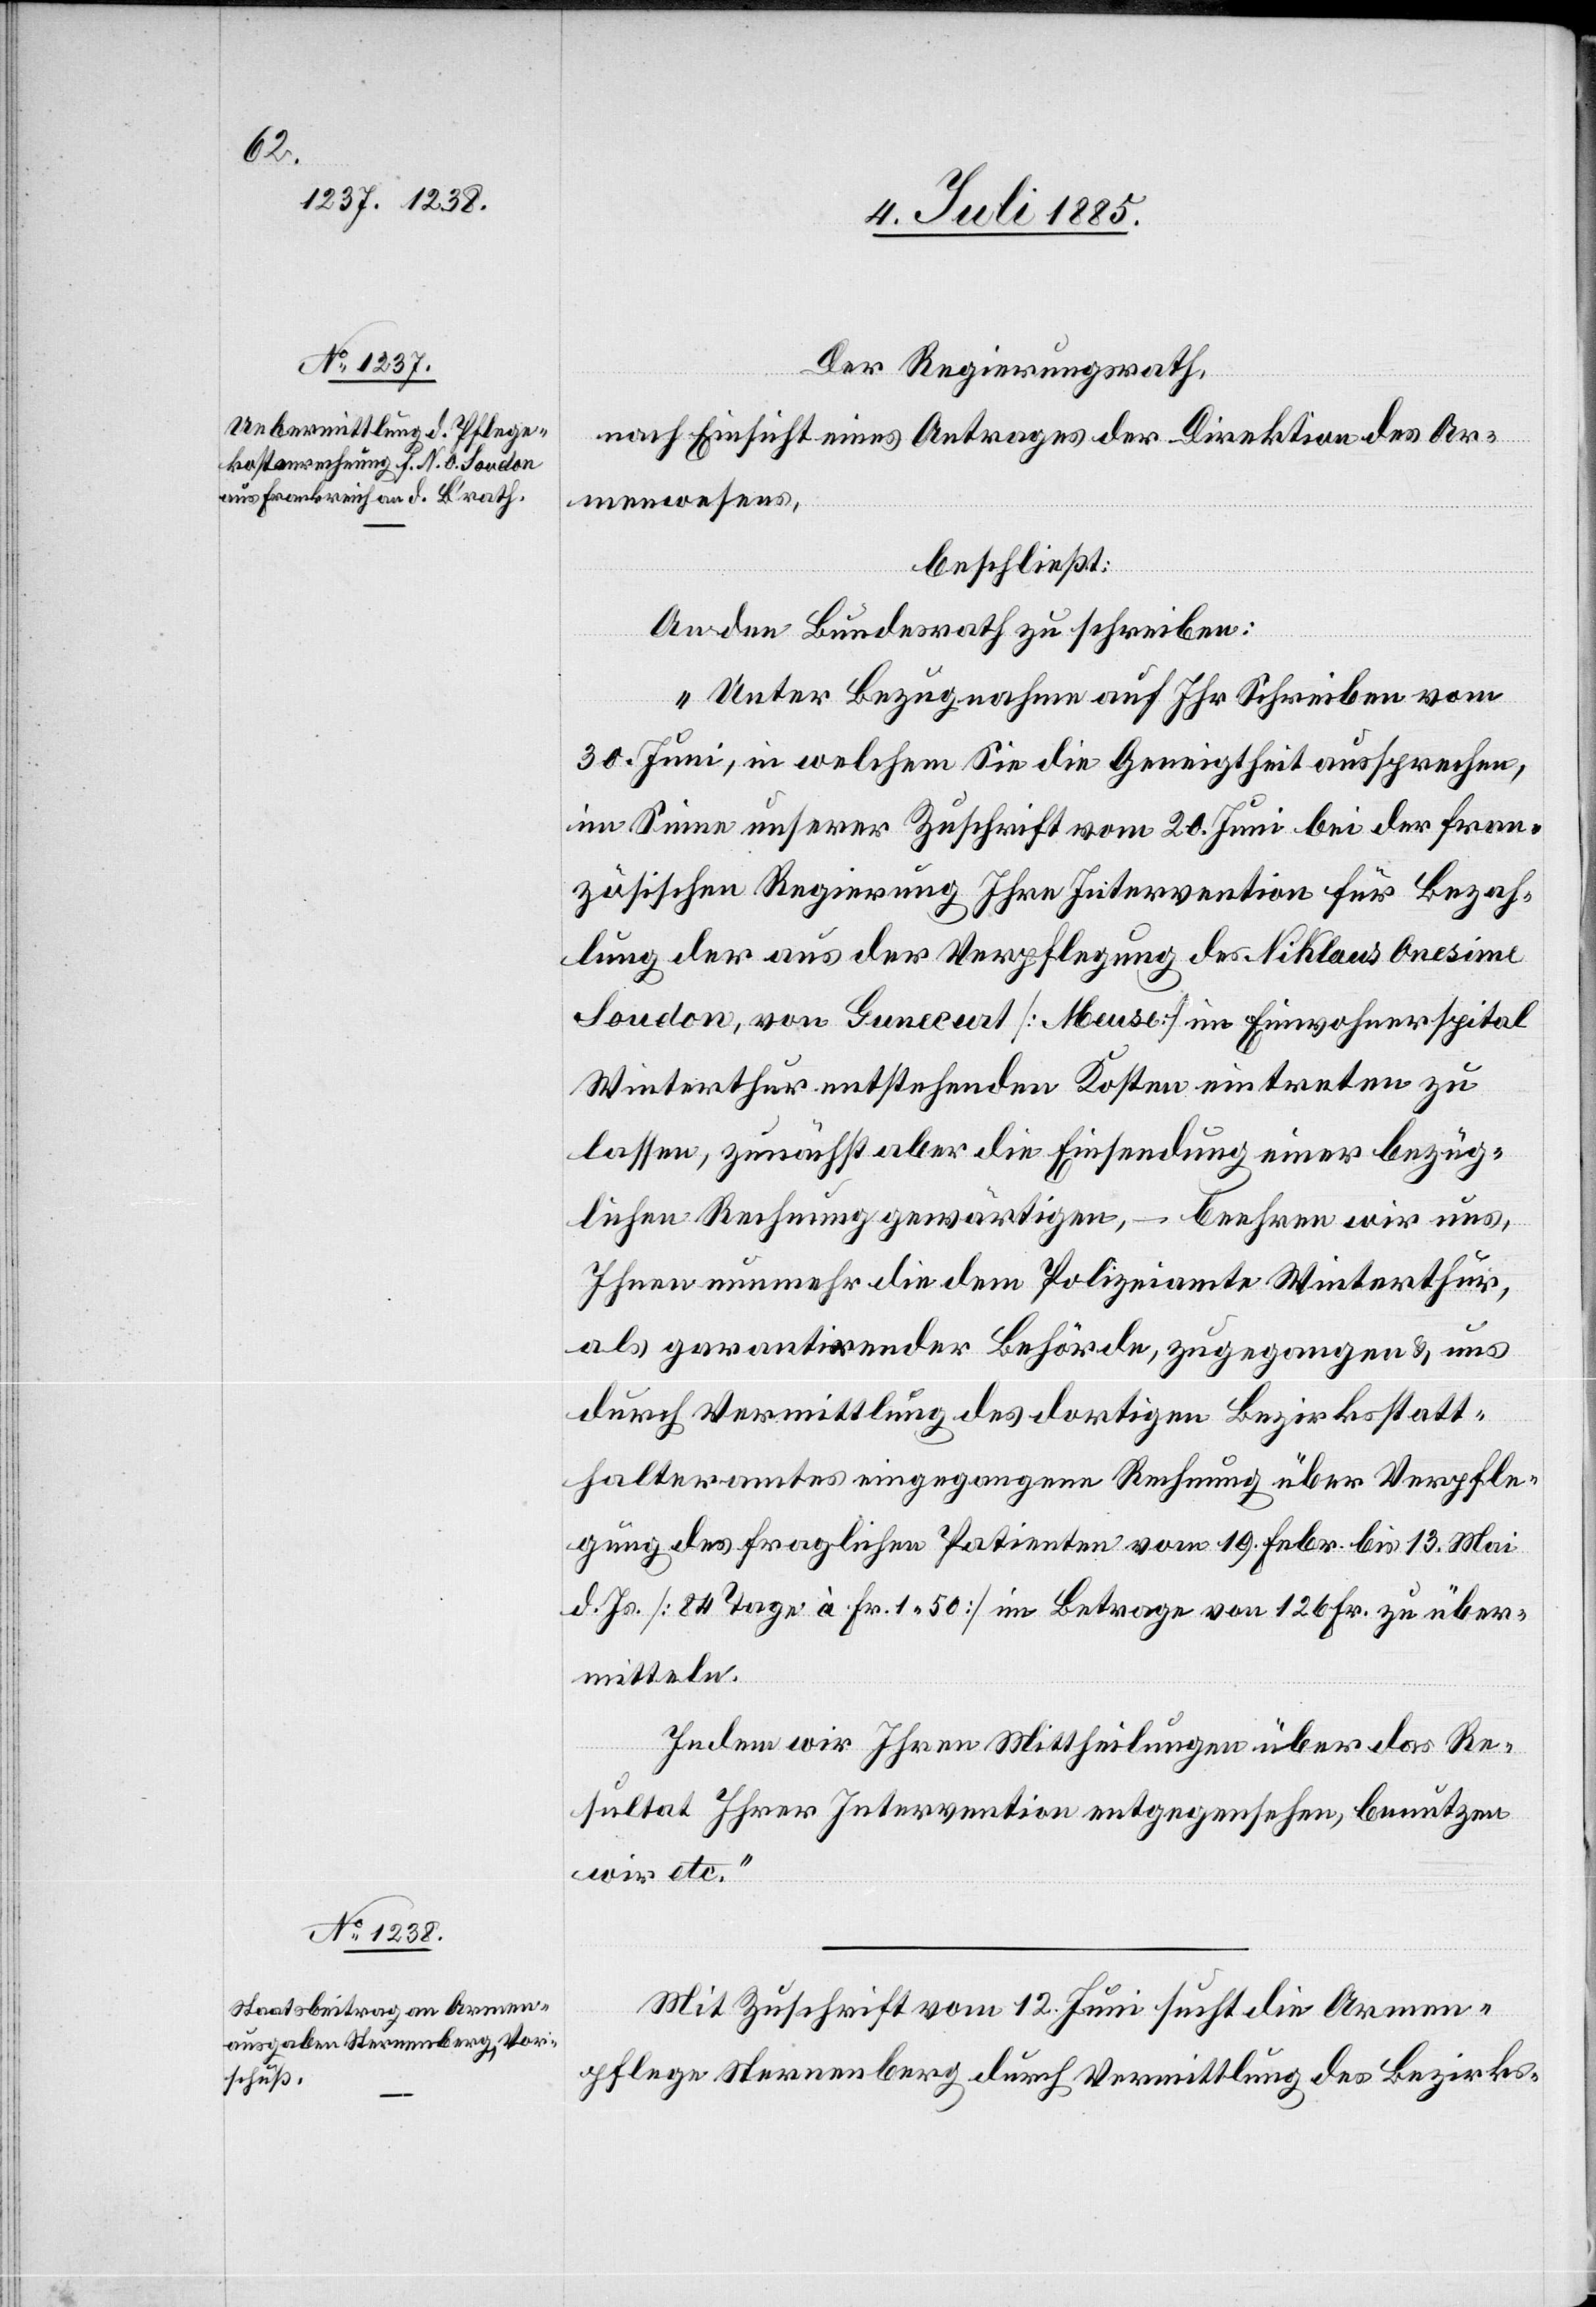
Der Regierungsrath,
nach Einsicht eines Antrages der Direktion des Ar¬
menwesens,
beschließt:
An den Bundesrath zu schreiben:
„Unter Bezugnahme auf Ihr Schreiben vom
30. Juni, in welchem Sie die Geneigtheit aussprechen,
im Sinne unserer Zuschrift vom 20. Juni bei der fran¬
zösischen Regierung Ihre Intervention für Bezah¬
lung der aus der Verpflegung des Niklaus Onesime
Soudon, von Gunecurt [Meuse] im Einwohnerspital
Winterthur entstehenden Kosten eintreten zu
lassen, zunächst aber die Einsendung einer bezüg¬
lichen Rechnung gewärtigten, – beehren wir uns,
Ihnen nunmehr die dem Polizeiamte Winterthur,
als garantirender Behörde, zugegangen[e] & uns
durch Vermittlung des dortigen Bezirksstatt¬
halteramtes eingegangene Rechnung über Verpfle¬
gung des fraglichen Patienten vom 19. Febr. bis 13. Mai
d. Js. [84 Tage à Fr. 1 50] im Betrage von 126 Fr. zu über¬
mitteln.
Indem wir Ihren Mittheilungen über das Re¬
sultat Ihrer Intervention entgegensehen, benutzen
wir etc.“
Mit Zuschrift vom 12. Juni sucht die Armen¬
pflege Sternenberg durch Vermittlung des Bezirks-